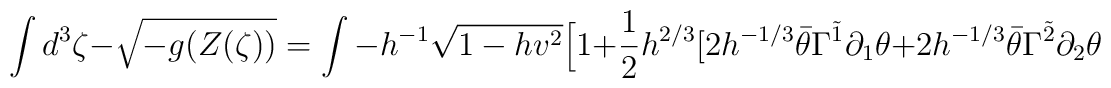
\int d^3 \zeta - \sqrt{-g (Z(\zeta ) )} =\int - h^{-1} \sqrt{ 1 - hv^2 }\Big[ 1 + \frac{1}{2} h^{2/3} \big[ 2 h^{-1/3} \bar{\theta} \Gamma^{\tilde{1}} \partial_1 \theta +  2 h^{-1/3} \bar{\theta} \Gamma^{\tilde{2}} \partial_2 \theta